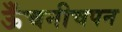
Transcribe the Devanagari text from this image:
ऊँचनीचपन